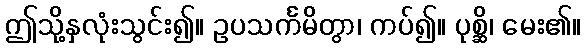
ဤသို့နှလုံးသွင်း၍။ ဥပသင်္ကမိတွာ၊ ကပ်၍။ ပုစ္ဆိ၊ မေး၏။